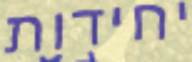
יחידות